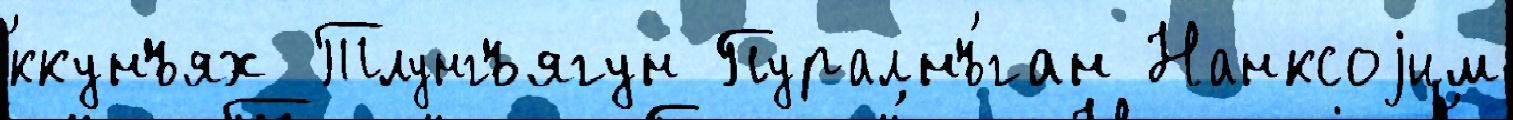
́ккунъях Тлунгъягун Пуралнъ́ган Нанксоjим